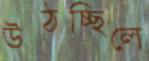
উঠচ্ছিলে